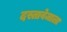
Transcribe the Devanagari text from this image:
दस्तावेजाला